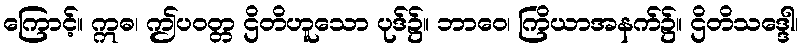
ကြောင့်။ ဣဓ၊ ဤပဝတ္တ ဌိတိဟူသော ပုဒ်၌။ ဘာဝေ၊ ကြိယာအနက်၌။ ဌိတိသဒ္ဒေါ၊